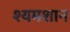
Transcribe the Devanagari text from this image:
श्यमशान